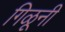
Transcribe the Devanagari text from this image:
गिळूनी